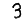
Digit: 3